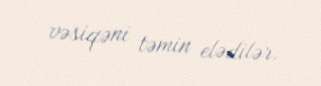
vəsiqəni təmin elədilər.